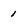
Character: 1